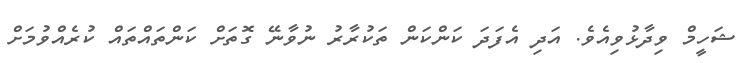
ޝަހީމް ވިދާޅުވިއެވެ. އަދި އެފަދަ ކަންކަން ތަކުރާރު ނުވާނޭ ގޮތަށް ކަންތައްތައް ކުރެއްވުމަށް